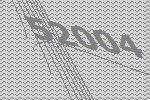
52004